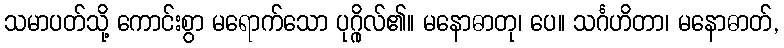
သမာပတ်သို့ ကောင်းစွာ မရောက်သော ပုဂ္ဂိုလ်၏။ မနောဓာတု၊ ပေ။ သင်္ဂဟိတာ၊ မနောဓာတ်,